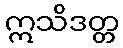
ဣသိဒတ္တ